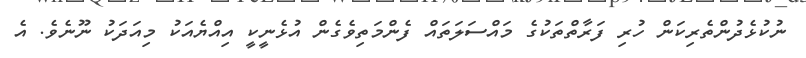
ނުކުޅެދުންތެރިކަން ހުރި ފަރާތްތަކުގެ މައްސަލަތައް ފެންމަތިވެގެން އުޅެނީކީ އިއްޔެއަކު މިއަދަކު ނޫނެވެ. އެ